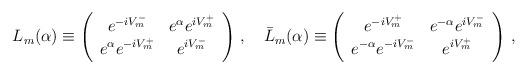
\begin{align*}L_{m}(\alpha) \equiv \left (\begin{array}{cc} e^{-iV_m^-} & e^{\alpha} e^{iV_m^+} \\ e^{\alpha}e^{-iV_m^+}& e^{iV_m^-}\\ \end{array} \right ) \, ,\quad \bar L_{m}(\alpha)\equiv \left ( \begin{array}{cc} e^{-iV_m^+} & e^{-\alpha} e^{iV_m^-}\\e^{-\alpha} e^{-iV_m^-} & e^{iV_m^+}\\ \end{array} \right ) \, ,\end{align*}